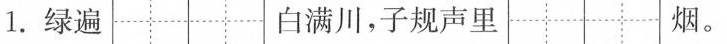
1.绿遍 白满川，子规声里 烟。